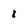
Character: i